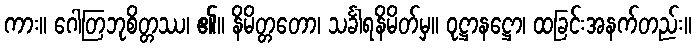
ကား။ ဂေါတြဘုစိတ္တဿ၊ ၏။ နိမိတ္တတော၊ သင်္ခါရနိမိတ်မှ။ ဝုဋ္ဌာနဋ္ဌော၊ ထခြင်းအနက်တည်း။